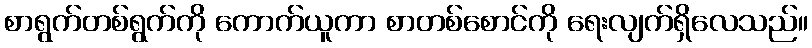
စာရွက်တစ်ရွက်ကို ကောက်ယူကာ စာတစ်စောင်ကို ရေးလျက်ရှိလေသည်။